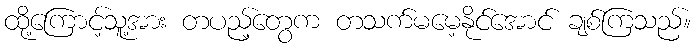
ထို့ကြောင့်သူ့အား တပည့်တွေက တသက်မမေ့နိုင်အောင် ချစ်ကြသည်။